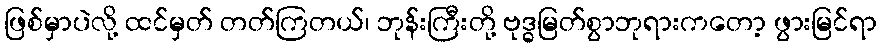
ဖြစ်မှာပဲလို့ ထင်မှတ် တတ်ကြတယ်၊ ဘုန်းကြီးတို့ ဗုဒ္ဓမြတ်စွာဘုရားကတော့ ဖွားမြင်ရာ